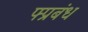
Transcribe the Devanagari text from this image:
फ्प्रबंध